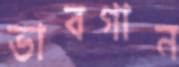
ভাবগান